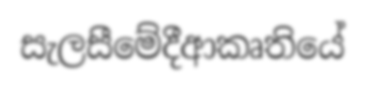
සැලසීමේදීආකෘතියේ